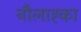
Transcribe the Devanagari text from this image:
नौलाह्का